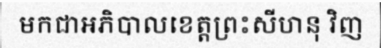
មកជាអភិបាលខេត្តព្រះសីហនុ វិញ